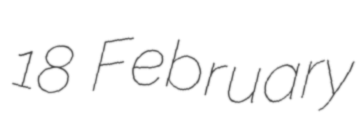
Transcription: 18 February